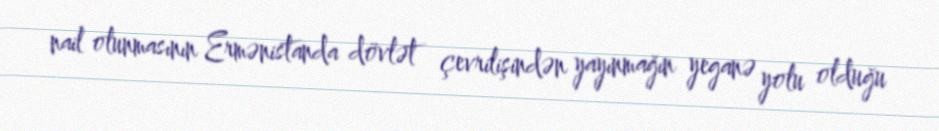
nail olunmasının Ermənistanda dövlət çevrilişindən yayınmağın yeganə yolu olduğu